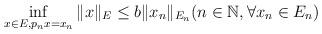
LaTeX: \begin{align*}\inf_{x \in E, p_n x = x_n} \|x\|_E \le b \|x_n\|_{E_n} (n \in \mathbb N, \forall x_n \in E_n)\end{align*}